Indian journal of veterinary science and animal husbandry - Volume 1,
Year: 1931
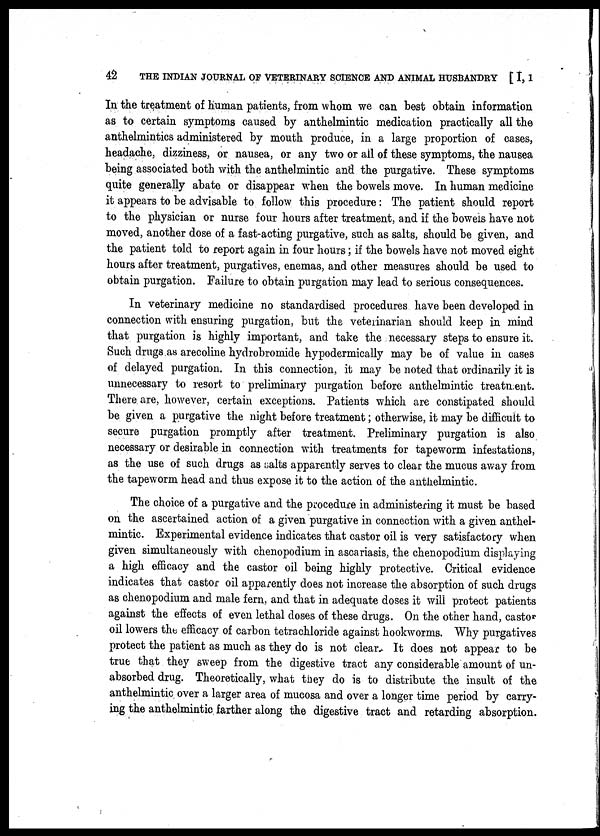
42 THE INDIAN JOURNAL OF VETERINARY SCIENCE AND ANIMAL HUSBANDRY [ I, I
In the treatment of human patients, from whom we can best obtain information
as to certain symptoms caused by anthelmintic medication practically all the
anthelmintics administered by mouth produce, in a large proportion of cases,
headache, dizziness, or nausea, or any two or all of these symptoms, the nausea
being associated both with the anthelmintic and the purgative. These symptoms
quite generally abate or disappear when the bowels move. In human medicine
it appears to be advisable to follow this procedure : The patient should report
to the physician or nurse four hours after treatment, and if the bowels have not
moved, another dose of a fast-acting purgative, such as salts, should be given, and
the patient told to report again in four hours ; if the bowels have not moved eight
hours after treatment, purgatives, enemas, and other measures should be used to
obtain purgation. Failure to obtain purgation may lead to serious consequences.
In veterinary medicine no standardised procedures have been developed in
connection with ensuring purgation, but the veterinarian should keep in mind
that purgation is highly important, and take the necessary steps to ensure it.
Such drugs as arecoline hydrobromide hypodermically may be of value in cases
of delayed purgation. In this connection, it may be noted that ordinarily it is
unnecessary to resort to preliminary purgation before anthelmintic treatment.
There are, however, certain exceptions. Patients which are constipated should
be given a purgative the night before treatment ; otherwise, it may be difficult to
secure purgation promptly after treatment. Preliminary purgation is also
necessary or desirable in connection with treatments for tapeworm infestations,
as the use of such drugs as salts apparently serves to clear the mucus away from
the tapeworm head and thus expose it to the action of the anthelmintic.
The choice of a purgative and the procedure in administering it must be based
on the ascertained action of a given purgative in connection with a given anthel-
mintic. Experimental evidence indicates that castor oil is very satisfactory when
given simultaneously with chenopodium in ascariasis, the chenopodium displaying
a high efficacy and the castor oil being highly protective. Critical evidence
indicates that castor oil apparently does not increase the absorption of such drugs
as chenopodium and male fern, and that in adequate doses it will protect patients
against the effects of even lethal doses of these drugs. On the other hand, castor
oil lowers the efficacy of carbon tetrachloride against hookworms. Why purgatives
protect the patient as much as they do is not clear. It does not appear to be
true that they sweep from the digestive tract any considerable amount of un-
absorbed drug. Theoretically, what they do is to distribute the insult of the
anthelmintic over a larger area of mucosa and over a longer time period by carry-
ing the anthelmintic farther along the digestive tract and retarding absorption.